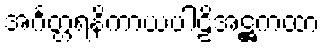
အင်္ဂတ္တရနိကာယပါဠိအဋ္ဌကထာ